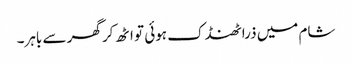
شام میں ذرا ٹھنڈک ہوئی تو اٹھ کر گھر سے باہر۔